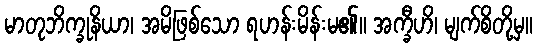
မာတုဘိက္ခုနိယာ၊ အမိဖြစ်သော ရဟန်းမိန်းမ၏။ အက္ခီဟိ၊ မျက်စိတို့မှ။